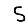
Digit: 5